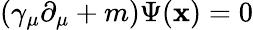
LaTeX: \left(\gamma_{\mu}\partial_{\mu}+m\right)\Psi(\mathbf{x})=0